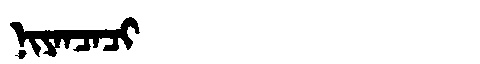
Manchu: ᠨᡳᠶᠠᠨᠴᠠᠴᡳ
Romanization: NIYANCACI